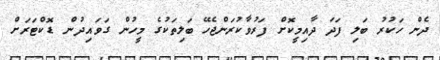
ދެން ހަކުރު ބަލި ފަދަ ދާއިމީކޮށް ފަރުވާކުރަންޖެހޭ ބަލިތަކުގެ މީހުން ގަވައިދުން ޑޮކްޓަރަށް